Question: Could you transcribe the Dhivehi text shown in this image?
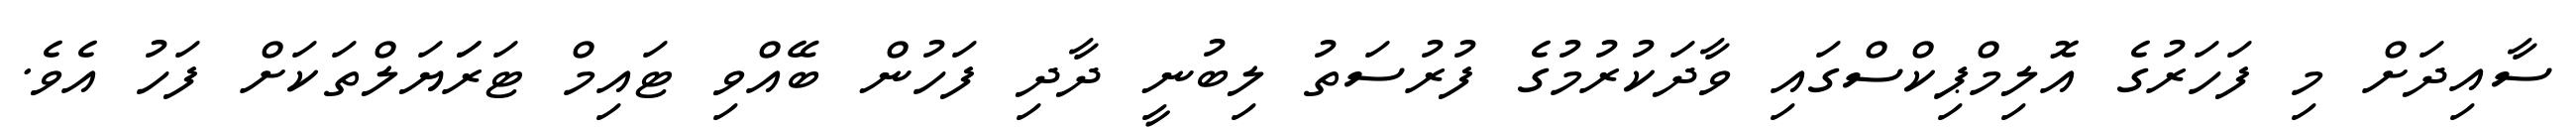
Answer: ސާއިދަށް މި ފަހަރުގެ އޮލިމްޕިކްސްގައި ވާދަކުރުމުގެ ފުރުސަތު ލިބުނީ ދާދި ފަހުން ބޭއްވި ޓައިމް ޓަރަަޔަލްތަކަށް ފަހު އެވެ.